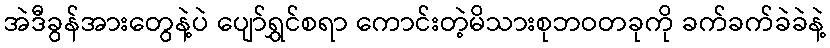
အဲဒီခွန်အားတွေနဲ့ပဲ ပျော်ရွှင်စရာ ကောင်းတဲ့မိသားစုဘဝတခုကို ခက်ခက်ခဲခဲနဲ့